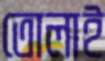
তোলাই